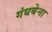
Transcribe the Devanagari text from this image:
गंधबेना